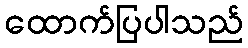
ထောက်ပြပါသည်